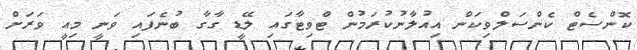
ކޮންސެޓް ކެންސަލްވިކަން އިއުލާނުކުރަމުން ޓްވިޓާގައި ލޭޑީ ގާގާ ބުނެފައި ވަނީ މިއީ ވަރަށް